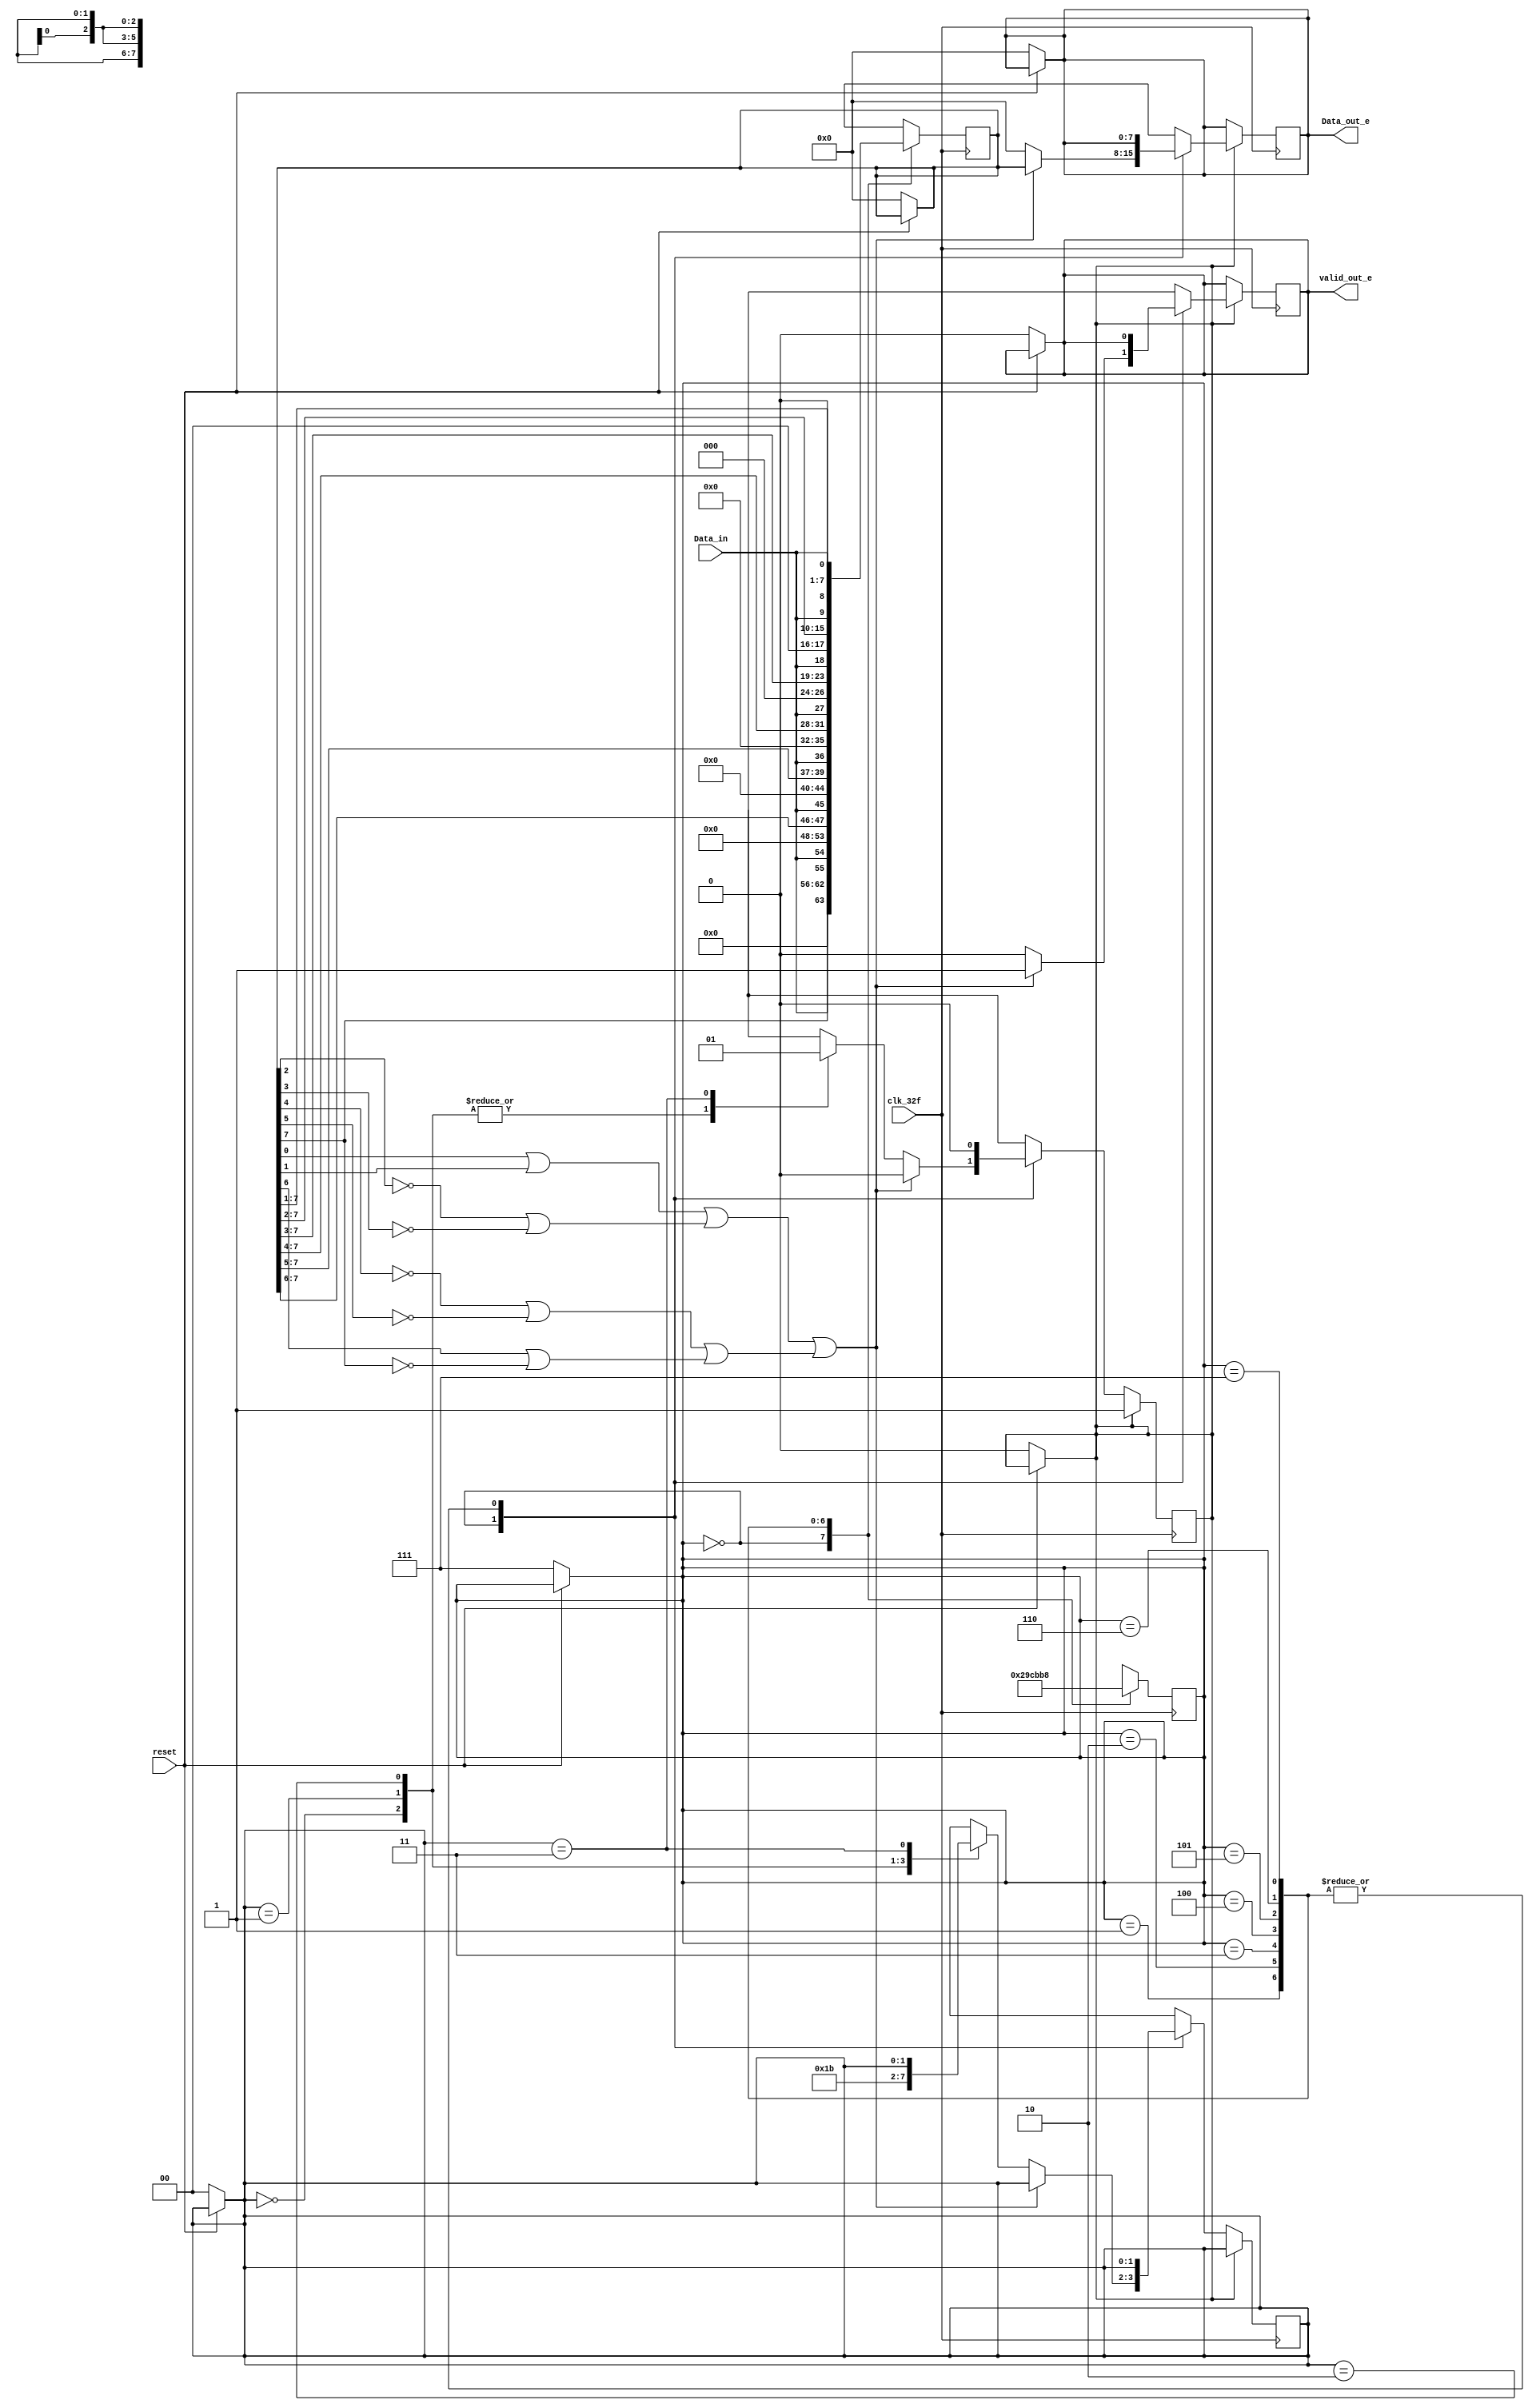
/* Generated by Yosys 0.9 (git sha1 1979e0b) */

(* top =  1  *)
(* src = "serial_parallel_e.v:1" *)
module serial_parallel_e(clk_32f, reset, Data_in, valid_out_e, Data_out_e);
  (* src = "serial_parallel_e.v:13" *)
  reg [1:0] _00_;
  (* src = "serial_parallel_e.v:13" *)
  reg [7:0] _01_;
  (* src = "serial_parallel_e.v:13" *)
  reg _02_;
  (* src = "serial_parallel_e.v:13" *)
  reg [2:0] _03_;
  (* src = "serial_parallel_e.v:13" *)
  reg [7:0] _04_;
  (* src = "serial_parallel_e.v:13" *)
  reg _05_;
  (* src = "serial_parallel_e.v:24" *)
  reg [1:0] _06_;
  (* src = "serial_parallel_e.v:24" *)
  reg [7:0] _07_;
  (* src = "serial_parallel_e.v:24" *)
  reg _08_;
  (* src = "serial_parallel_e.v:24" *)
  reg [2:0] _09_;
  (* src = "serial_parallel_e.v:24" *)
  reg [7:0] _10_;
  (* src = "serial_parallel_e.v:24" *)
  reg _11_;
  wire [3:0] _12_;
  wire [1:0] _13_;
  wire _14_;
  wire [7:0] _15_;
  wire _16_;
  (* src = "serial_parallel_e.v:14" *)
  wire _17_;
  (* src = "serial_parallel_e.v:29" *)
  wire _18_;
  (* src = "serial_parallel_e.v:81" *)
  wire _19_;
  (* src = "serial_parallel_e.v:10" *)
  reg [1:0] BC_count;
  (* src = "serial_parallel_e.v:4" *)
  input Data_in;
  (* src = "serial_parallel_e.v:6" *)
  output [7:0] Data_out_e;
  reg [7:0] Data_out_e;
  (* src = "serial_parallel_e.v:11" *)
  reg active;
  (* src = "serial_parallel_e.v:2" *)
  input clk_32f;
  (* src = "serial_parallel_e.v:9" *)
  reg [2:0] contador;
  (* src = "serial_parallel_e.v:8" *)
  reg [7:0] memoria;
  (* src = "serial_parallel_e.v:3" *)
  input reset;
  (* src = "serial_parallel_e.v:5" *)
  output valid_out_e;
  reg valid_out_e;
  assign _12_[0] = _15_[0] |(* src = "serial_parallel_e.v:81" *)  _15_[1];
  assign _12_[1] = _15_[2] |(* src = "serial_parallel_e.v:81" *)  _15_[3];
  assign _12_[2] = _15_[4] |(* src = "serial_parallel_e.v:81" *)  _15_[5];
  assign _12_[3] = _15_[6] |(* src = "serial_parallel_e.v:81" *)  _15_[7];
  assign _13_[0] = _12_[0] |(* src = "serial_parallel_e.v:81" *)  _12_[1];
  assign _13_[1] = _12_[2] |(* src = "serial_parallel_e.v:81" *)  _12_[3];
  assign _16_ = _13_[0] |(* src = "serial_parallel_e.v:81" *)  _13_[1];
  assign _19_ = ~(* src = "serial_parallel_e.v:81" *) _16_;
  assign _17_ = ~(* src = "serial_parallel_e.v:14" *) reset;
  assign _15_[2] = memoria[2] ^(* src = "serial_parallel_e.v:81" *)  1'h1;
  assign _15_[3] = memoria[3] ^(* src = "serial_parallel_e.v:81" *)  1'h1;
  assign _15_[4] = memoria[4] ^(* src = "serial_parallel_e.v:81" *)  1'h1;
  assign _15_[5] = memoria[5] ^(* src = "serial_parallel_e.v:81" *)  1'h1;
  assign _15_[7] = memoria[7] ^(* src = "serial_parallel_e.v:81" *)  1'h1;
  always @* begin
    _03_ = contador;
    _00_ = BC_count;
    _02_ = active;
    _01_ = Data_out_e;
    _04_ = memoria;
    _05_ = valid_out_e;
    (* src = "serial_parallel_e.v:14" *)
    casez (_17_)
      /* src = "serial_parallel_e.v:14" */
      1'h1:
        begin
          _05_ = 1'h0;
          _01_ = 8'h00;
          _04_ = 8'h00;
          _03_ = 3'h7;
          _00_ = 2'h0;
          _02_ = 1'h0;
        end
      default:
          /* empty */;
    endcase
  end
  always @* begin
      contador <= _03_;
      BC_count <= _00_;
      active <= _02_;
      Data_out_e <= _01_;
      memoria <= _04_;
      valid_out_e <= _05_;
  end
  always @* begin
    _09_ = contador;
    _06_ = BC_count;
    _08_ = active;
    _07_ = Data_out_e;
    _10_ = memoria;
    _11_ = valid_out_e;
    (* src = "serial_parallel_e.v:25" *)
    casez (active)
      /* src = "serial_parallel_e.v:25" */
      1'h1:
          (* src = "serial_parallel_e.v:26" *)
          casez (contador)
            /* src = "serial_parallel_e.v:27" */
            3'h0:
              begin
                _09_ = 3'h1;
                _10_ = { Data_in, 7'h00 };
                (* src = "serial_parallel_e.v:29" *)
                casez (_18_)
                  /* src = "serial_parallel_e.v:29" */
                  1'h1:
                    begin
                      _11_ = 1'h0;
                      _07_ = 8'h00;
                    end
                  /* src = "serial_parallel_e.v:33" */
                  default:
                    begin
                      _11_ = 1'h1;
                      _07_ = memoria;
                    end
                endcase
              end
            /* src = "serial_parallel_e.v:40" */
            3'h1:
              begin
                _09_ = 3'h2;
                _10_ = { memoria[7], Data_in, 6'h00 };
              end
            /* src = "serial_parallel_e.v:45" */
            3'h2:
              begin
                _09_ = 3'h3;
                _10_ = { memoria[7:6], Data_in, 5'h00 };
              end
            /* src = "serial_parallel_e.v:50" */
            3'h3:
              begin
                _09_ = 3'h4;
                _10_ = { memoria[7:5], Data_in, 4'h0 };
              end
            /* src = "serial_parallel_e.v:55" */
            3'h4:
              begin
                _09_ = 3'h5;
                _10_ = { memoria[7:4], Data_in, 3'h0 };
              end
            /* src = "serial_parallel_e.v:60" */
            3'h5:
              begin
                _09_ = 3'h6;
                _10_ = { memoria[7:3], Data_in, 2'h0 };
              end
            /* src = "serial_parallel_e.v:65" */
            3'h6:
              begin
                _09_ = 3'h7;
                _10_ = { memoria[7:2], Data_in, 1'h0 };
              end
            /* src = "serial_parallel_e.v:70" */
            3'h7:
              begin
                _09_ = 3'h0;
                _10_ = { memoria[7:1], Data_in };
              end
            default:
                /* empty */;
          endcase
      /* src = "serial_parallel_e.v:77" */
      default:
          (* src = "serial_parallel_e.v:78" *)
          casez (contador)
            /* src = "serial_parallel_e.v:79" */
            3'h0:
              begin
                _09_ = 3'h1;
                _10_ = { Data_in, 7'h00 };
                (* src = "serial_parallel_e.v:81" *)
                casez (_19_)
                  /* src = "serial_parallel_e.v:81" */
                  1'h1:
                      (* src = "serial_parallel_e.v:82" *)
                      casez (BC_count)
                        /* src = "serial_parallel_e.v:83" */
                        2'h0:
                            _06_ = 2'h1;
                        /* src = "serial_parallel_e.v:84" */
                        2'h1:
                            _06_ = 2'h2;
                        /* src = "serial_parallel_e.v:85" */
                        2'h2:
                            _06_ = 2'h3;
                        /* src = "serial_parallel_e.v:86" */
                        2'h3:
                            _08_ = 1'h1;
                        default:
                            /* empty */;
                      endcase
                  default:
                      /* empty */;
                endcase
              end
            /* src = "serial_parallel_e.v:92" */
            3'h1:
              begin
                _09_ = 3'h2;
                _10_ = { memoria[7], Data_in, 6'h00 };
              end
            /* src = "serial_parallel_e.v:97" */
            3'h2:
              begin
                _09_ = 3'h3;
                _10_ = { memoria[7:6], Data_in, 5'h00 };
              end
            /* src = "serial_parallel_e.v:102" */
            3'h3:
              begin
                _09_ = 3'h4;
                _10_ = { memoria[7:5], Data_in, 4'h0 };
              end
            /* src = "serial_parallel_e.v:107" */
            3'h4:
              begin
                _09_ = 3'h5;
                _10_ = { memoria[7:4], Data_in, 3'h0 };
              end
            /* src = "serial_parallel_e.v:112" */
            3'h5:
              begin
                _09_ = 3'h6;
                _10_ = { memoria[7:3], Data_in, 2'h0 };
              end
            /* src = "serial_parallel_e.v:117" */
            3'h6:
              begin
                _09_ = 3'h7;
                _10_ = { memoria[7:2], Data_in, 1'h0 };
              end
            /* src = "serial_parallel_e.v:122" */
            3'h7:
              begin
                _09_ = 3'h0;
                _10_ = { memoria[7:1], Data_in };
              end
            default:
                /* empty */;
          endcase
    endcase
  end
  always @(posedge clk_32f) begin
      contador <= _09_;
      BC_count <= _06_;
      active <= _08_;
      Data_out_e <= _07_;
      memoria <= _10_;
      valid_out_e <= _11_;
  end
  assign _18_ = _19_;
  assign _15_[0] = memoria[0];
  assign _15_[1] = memoria[1];
  assign _15_[6] = memoria[6];
endmodule